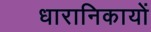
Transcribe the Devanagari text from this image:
धारानिकायों